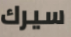
سيرك